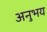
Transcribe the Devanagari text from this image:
अनुभय